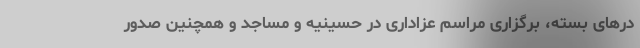
دَرهای بسته، برگزاری مراسم عزاداری در حسینیه و مساجد و همچنین صدور